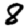
Digit: 8